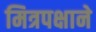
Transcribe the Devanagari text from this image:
मित्रपक्षाने